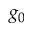
g _ { 0 }